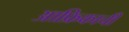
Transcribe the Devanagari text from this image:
आफ्रिकाची